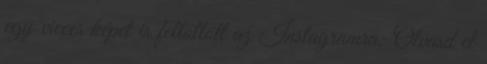
egy vicces képet is feltöltött az Instagramra: Olvasd el